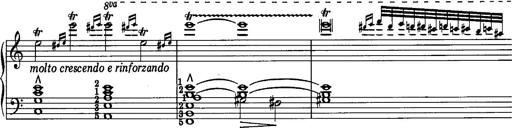
Title: La romanesca
Composer: Franz Liszt